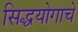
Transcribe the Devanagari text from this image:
सिद्धयोगाचे